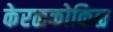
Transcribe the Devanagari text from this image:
केरळकोकिळ